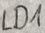
Text: LD1